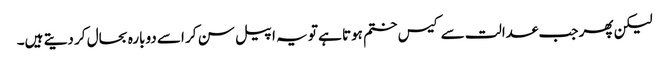
لیکن پھر جب عدالت سے کیس ختم ہوتا ہے تو یہ اپیل سن کر اسے دوبارہ بحال کر دیتے ہیں۔